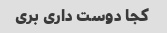
کجا دوست داری بری